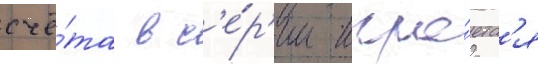
счё́та в с'е́р'ии игра́етс'я